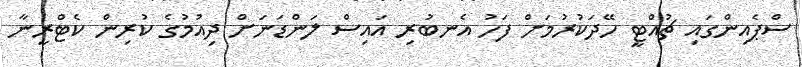
ސްޕެއިންގައި ޗުއްޓީ ހޭދަކުރުމަށް ފަހު އެނބުރި އައިސް ލަންޑަނަށް ދިއުމުގެ ކުރިން ކެޓްރީނާ